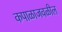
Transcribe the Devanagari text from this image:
कपाळाजवळील